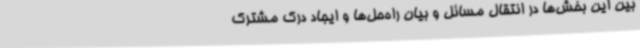
بین این بخش‌ها در انتقال مسائل و بیان راه‌حل‌ها و ایجاد درک مشترک